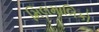
મિલમાલિકો